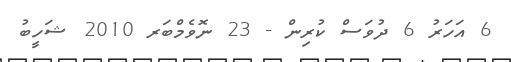
6 އަހަރު 6 ދުވަސް ކުރިން - 23 ނޮވެމްބަރ 2010 ޝަހީބު